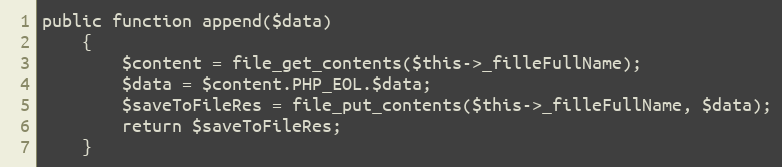
Language: PHP
public function append($data)
    {
        $content = file_get_contents($this->_filleFullName);
        $data = $content.PHP_EOL.$data;
        $saveToFileRes = file_put_contents($this->_filleFullName, $data);
        return $saveToFileRes;
    }